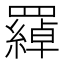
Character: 羄